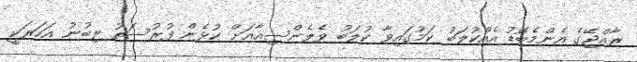
ރާއްޖޭގެ އެންމެބޮޑު އެއްކުލަބު ކަމުގައިވާ ކުލަބު ވެލެންސިއާއަށް ކުޅެން ފުރުސަތު ލިބުނު އަހަރަކީ